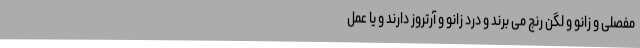
مفصلی و زانو و لگن رنج می برند و درد زانو و آرتروز دارند و یا عمل